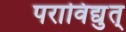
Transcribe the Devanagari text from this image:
पराविद्युत्